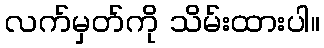
လက်မှတ်ကို သိမ်းထားပါ။